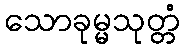
သောခုမ္မသုတ္တံ